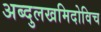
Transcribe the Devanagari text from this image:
अब्दुलखमिदोविच